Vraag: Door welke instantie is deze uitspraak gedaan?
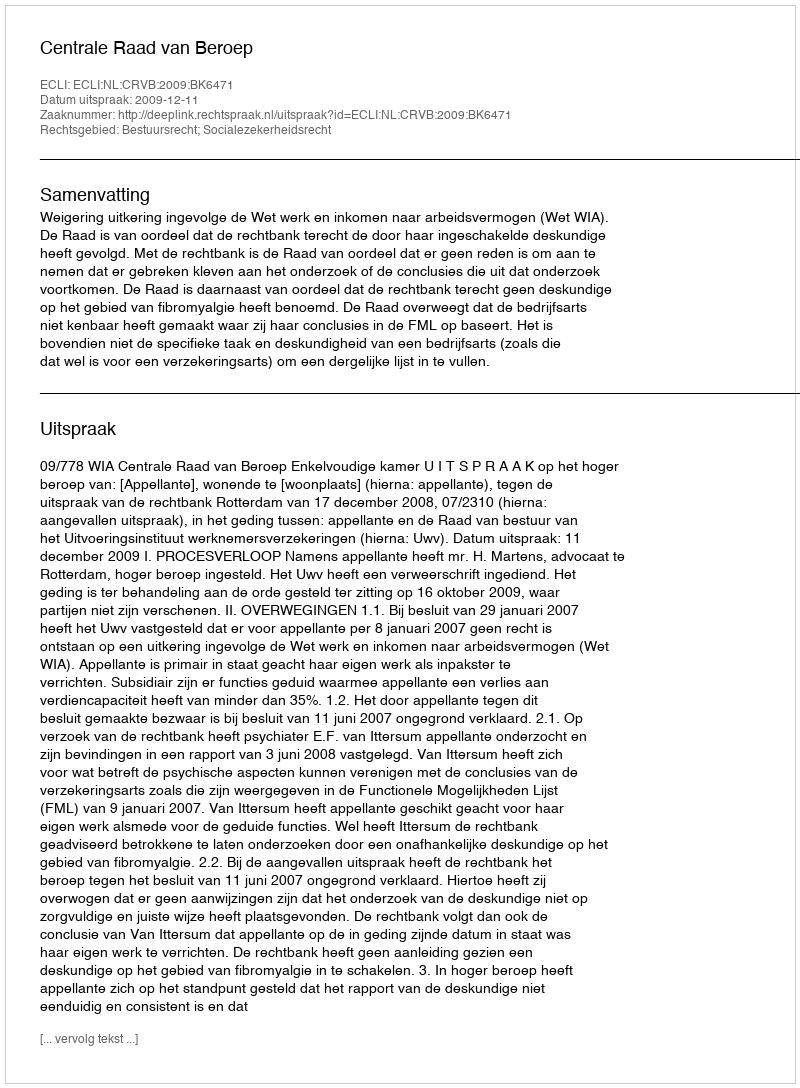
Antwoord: Centrale Raad van Beroep